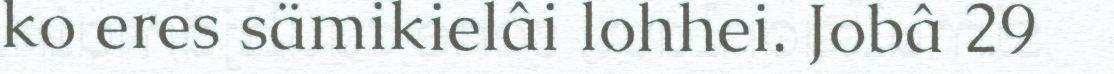
ko eres sämikielâi lohhei. Jobâ 29